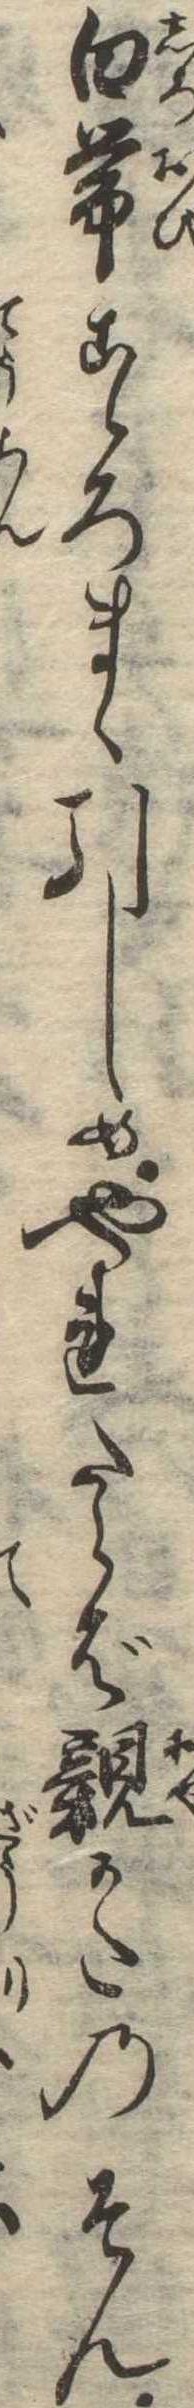
白帯こゝろまゝ引しめやれたらば親かたのそん